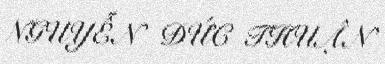
NGUYỄN ĐỨC THUẬN